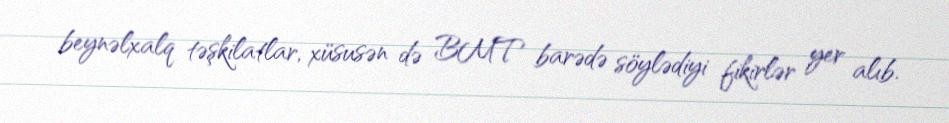
beynəlxalq təşkilatlar, xüsusən də BMT barədə söylədiyi fikirlər yer alıb.